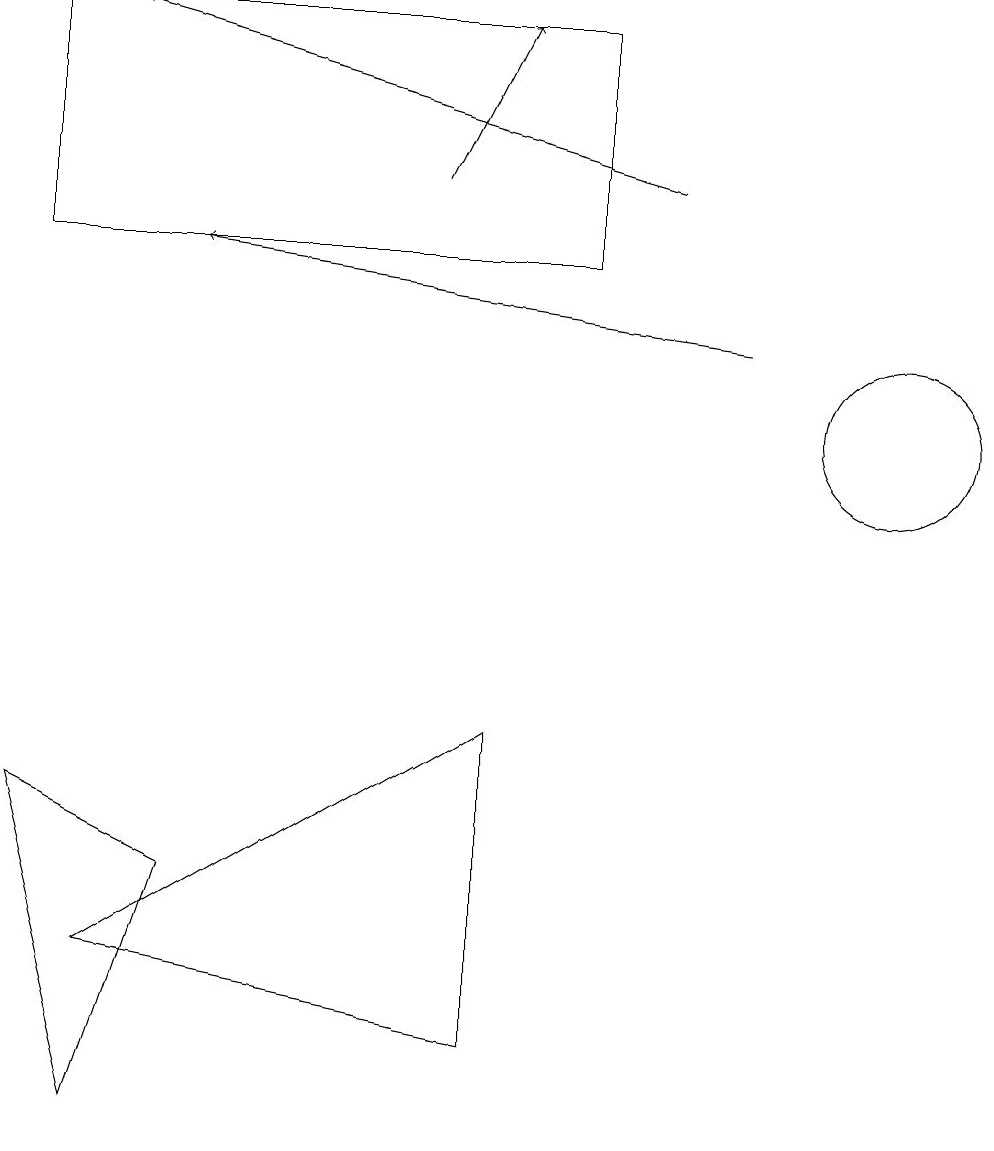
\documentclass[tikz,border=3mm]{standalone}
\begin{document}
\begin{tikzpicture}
\draw[->] (8,13) -- (1,15);
\draw (1,3) -- (6,2) -- (6,6) -- cycle;
\draw[->] (9,11) -- (2,12);
\draw (1,1) -- (2,4) -- (0,5) -- cycle;
\draw[->] (5,13) -- (6,15);
\draw (11,10) circle (1);
\draw (7,15) rectangle (0,12);
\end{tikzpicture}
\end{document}